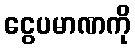
ငွေပမာဏကို